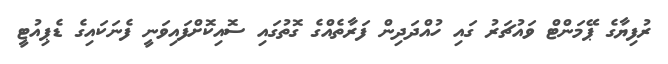
ރުފިޔާގެ ޕޭމަންޓް ވައުޗަރު ގައި ހުއްދަދިން ފަރާތެއްގެ ގޮތުގައި ސޮއިކޮށްފައިވަނީ ފެނަކައިގެ ޑެޕިއުޓީ